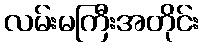
လမ်းမကြီးအတိုင်း